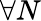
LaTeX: \forall N